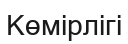
Көмірлігі